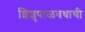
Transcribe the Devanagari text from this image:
शिशुपाळवधाची